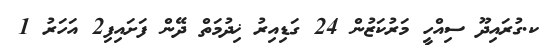
ކ.ގުރައިދޫ ސިއްހީ މަރުކަޒުން 24 ގަޑިއިރު ޚިދުމަތް ދޭން ފަށައިފި2 އަހަރު 1